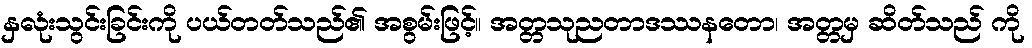
နှလုံးသွင်းခြင်းကို ပယ်တတ်သည်၏ အစွမ်းဖြင့်။ အတ္တသုညတာဒဿနတော၊ အတ္တမှ ဆိတ်သည် ကို